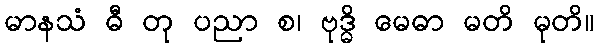
မာနသံ ဓီ တု ပညာ စ၊ ဗုဒ္ဓိ မေဓာ မတိ မုတိ။